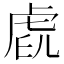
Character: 𧆧